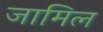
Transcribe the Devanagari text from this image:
जामिल